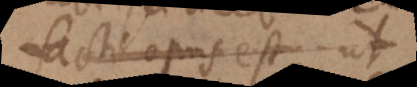
facti opus est, ut